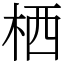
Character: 栖